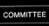
committee